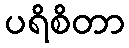
ပရိစိတာ